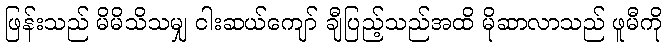
ဖြန်းသည် မိမိသိသမျှ ငါးဆယ်ကျော် ချီပြည့်သည်အထိ မိုဆာလာသည် ဖူမီကို